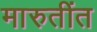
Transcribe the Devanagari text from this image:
मारुतींत